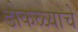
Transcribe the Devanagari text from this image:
ढोकळ्याचे